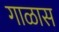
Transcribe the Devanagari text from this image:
गाळास